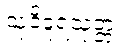
သုဝိဒူရသုတ္တံ